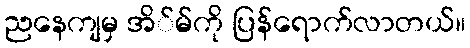
ညနေကျမှ အိ်မ်ကို ပြန်ရောက်လာတယ်။